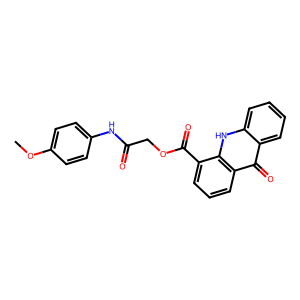
SMILES: COc1ccc(NC(=O)COC(=O)c2cccc3c(=O)c4ccccc4[nH]c23)cc1
Inhibits HIV replication: No